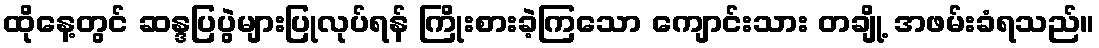
ထိုနေ့တွင် ဆန္ဒပြပွဲများပြုလုပ်ရန် ကြိုးစားခဲ့ကြသော ကျောင်းသား တချို့ အဖမ်းခံရသည်။